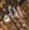
اااه